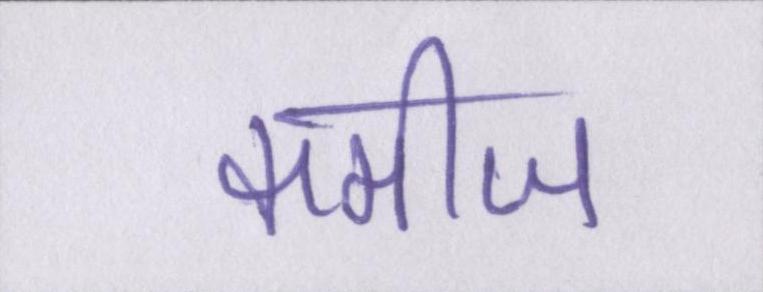
कमीज